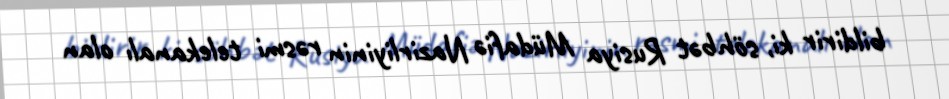
bildirir ki, söhbət Rusiya Müdafiə Nazirliyinin rəsmi telekanalı olan